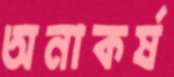
অনাকর্ষ